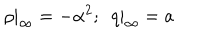
\rho | _ { \infty } = - { \alpha ^ { 2 } } ; \ \ q | _ { \infty } = a